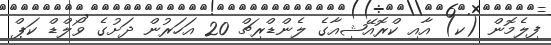
ފިލެމޮން (ކ) އާއި ކްރޮއޭޝިއާގެ ލެންޑްރިޗް 20 އަހަރުން ދަށުގެ ވޯލްޑް ކަޕް